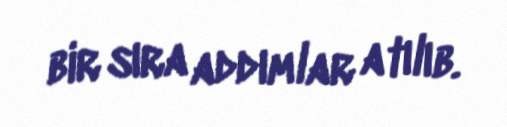
bir sıra addımlar atılıb.